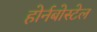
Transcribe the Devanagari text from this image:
होर्नबोस्टेल